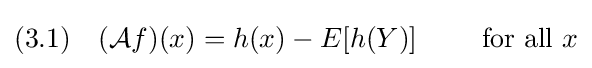
(3.1)\quad ({\mathcal {A}}f)(x)=h(x)-E[h(Y)]\qquad {\text{ for all }}x